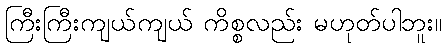
ကြီးကြီးကျယ်ကျယ် ကိစ္စလည်း မဟုတ်ပါဘူး။